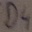
Text: D4